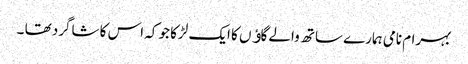
بہرام نامی ہمارے ساتھ والے گاﺅں کا ایک لڑکا جو کہ اس کا شاگرد تھا ۔